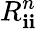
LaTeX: R_{\mathbf{i}\mathbf{i}}^{n}